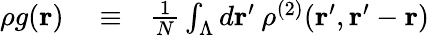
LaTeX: \begin{array}{rlr}{\rho g({\mathbf r})}&{{}\equiv}&{\frac{1}{N}\int_{\Lambda}d{\mathbf r}^{\prime}\: \rho^{(2)}({\mathbf r}^{\prime},{\mathbf r}^{\prime}-{\mathbf r})}\end{array}